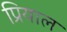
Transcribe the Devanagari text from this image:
प्रियाल